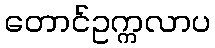
တောင်ဥက္ကလာပ